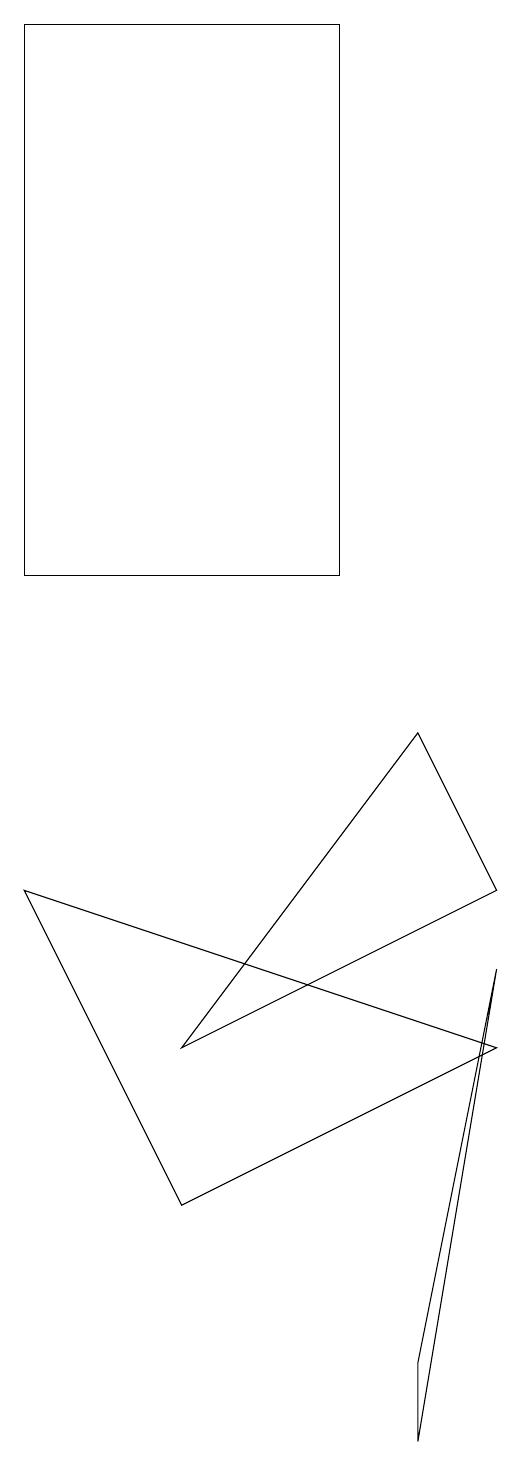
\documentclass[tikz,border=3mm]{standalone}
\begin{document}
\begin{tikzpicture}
\draw (8,6) -- (7,1) -- (7,0) -- cycle;
\draw (2,7) -- (8,5) -- (4,3) -- cycle;
\draw (6,18) rectangle (2,11);
\draw (8,7) -- (7,9) -- (4,5) -- cycle;
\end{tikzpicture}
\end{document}